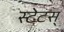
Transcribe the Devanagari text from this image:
स्टेटस्